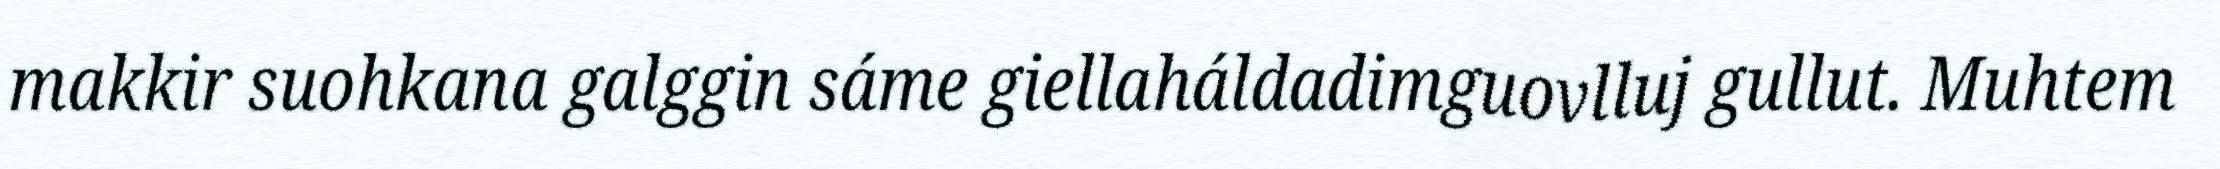
makkir suohkana galggin sáme giellaháldadimguovlluj gullut. Muhtem